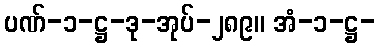
ပဏ်-၁-ဋ္ဌ-ဒု-အုပ်-၂၈၉။ အံ-၁-ဋ္ဌ-